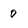
Character: 0